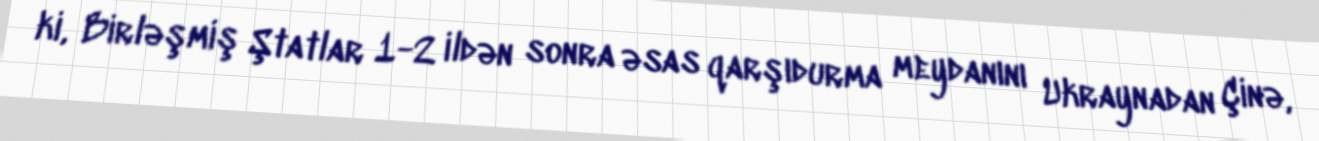
ki, Birləşmiş Ştatlar 1-2 ildən sonra əsas qarşıdurma meydanını Ukraynadan Çinə,